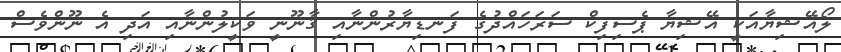
ލޯއޭޝިޔާއަކީ އޭޝިޔާ ޕެސިފިކް ސަރަހައްދުގެ ފަނޑިޔާރުންނާއި ޤާނޫނީ ވަކީލުންނާއި އަދި އެ ނޫންވެސް